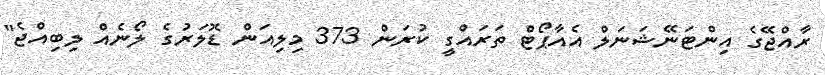
ރާއްޖޭގެ އިންޓަނޭޝަނަލް އެއާޕޯޓް ތަރައްގީ ކުރަން 373 މިލިއަން ޑޮލަރުގެ ލޯނެއް ލިބިއްޖެ"